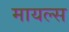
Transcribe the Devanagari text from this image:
मायल्स